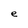
Character: e